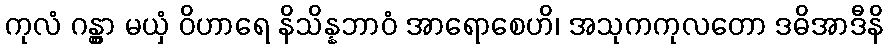
ကုလံ ဂန္တွာ မယှံ ဝိဟာရေ နိသိန္နဘာဝံ အာရောစေဟိ၊ အသုကကုလတော ဒဓိအာဒီနိ